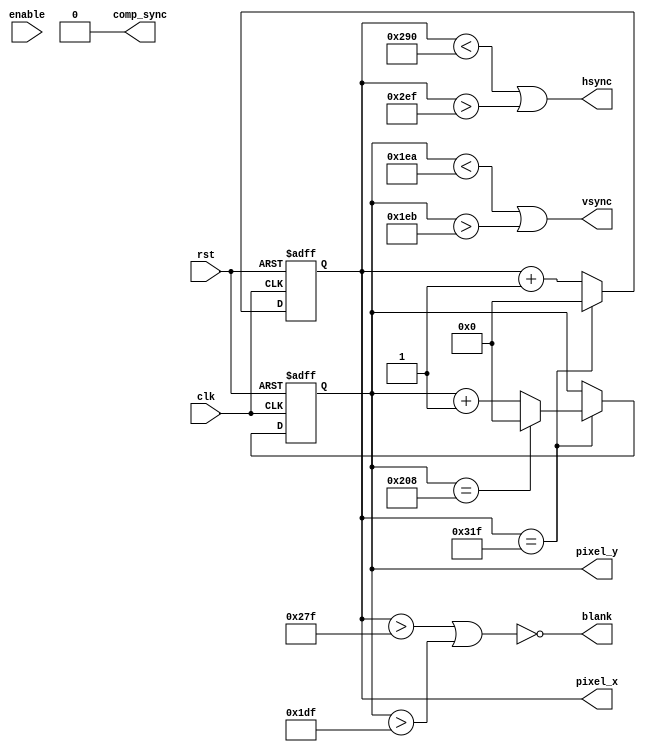
`timescale 1ns / 1ps
//////////////////////////////////////////////////////////////////////////////////
// Company: 
// Engineer: 
// 
// Design Name: 
// Module Name:    vga_logic 
// Project Name: 
// Target Devices: 
// Tool versions: 
// Description: 
//
// Dependencies: 
//
// Revision: 
// Revision 0.01 - File Created
// Additional Comments: 
//
//////////////////////////////////////////////////////////////////////////////////
module vga_logic(clk, rst, enable, blank, comp_sync, hsync, vsync, pixel_x, pixel_y);
    input clk;
    input rst;
	 input enable;
	 output blank;
	 output comp_sync;
    output hsync;
    output vsync;
    output [9:0] pixel_x;
    output [9:0] pixel_y;
	 
	 reg [9:0] pixel_x;
	 reg [9:0] pixel_y;
	 
	 // pixel_count logic
	 wire [9:0] next_pixel_x;
	 wire [9:0] next_pixel_y;
	 assign next_pixel_x = (pixel_x == 10'd799)? 0 : pixel_x+1;
	 assign next_pixel_y = (pixel_x == 10'd799)?
	                             ((pixel_y == 10'd520) ? 0 : pixel_y+1)
										  : pixel_y;
	 
	 always@(posedge clk, posedge rst)
	   if(rst) begin
		  pixel_x <= 10'h0;
		  pixel_y <= 10'h0;
		end else begin
		  pixel_x <= next_pixel_x;
		  pixel_y <= next_pixel_y;
		end
		
		assign hsync = (pixel_x < 10'd656) || (pixel_x > 10'd751); // 96 cycle pulse
		assign vsync = (pixel_y < 10'd490) || (pixel_y > 10'd491); // 2 cycle pulse
		assign blank = ~((pixel_x > 10'd639) | (pixel_y > 10'd479));
		assign comp_sync = 1'b0; // don't know, dont use
	 
endmodule